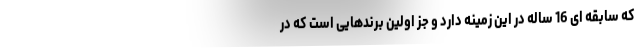
که سابقه ای 16 ساله در این زمینه دارد و جز اولین برندهایی است که در